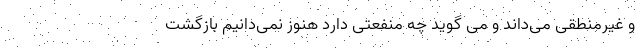
و غیرمنطقی می‌داند و می گوید چه منفعتی دارد هنوز نمی‌دانیم بازگشت